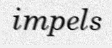
impels